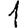
Digit: 1